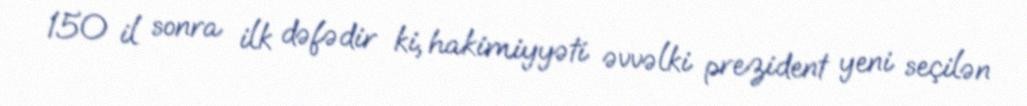
150 il sonra ilk dəfədir ki, hakimiyyəti əvvəlki prezident yeni seçilən